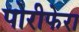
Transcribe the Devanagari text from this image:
पोरीफेरा